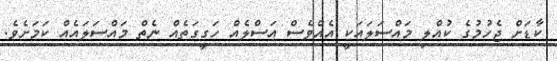
ކާޑަށް ޖެހުމުގެ ކުއްލި މައްސަލައަކީ އެއްވެސް އަސްލެއް ހަގީގަތެއް ނެތް މައްސަލައެއް ކަމަށެވެ.